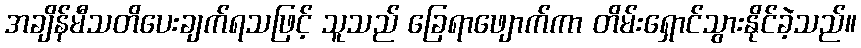
အချိန်မီသတိပေးချက်ရသဖြင့် သူသည် ခြေရာဖျောက်ကာ တိမ်းရှောင်သွားနိုင်ခဲ့သည်။